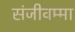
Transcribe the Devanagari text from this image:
संजीवम्मा